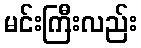
မင်းကြီးလည်း